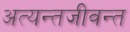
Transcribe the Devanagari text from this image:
अत्यन्तजीवन्त